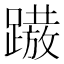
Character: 𨅢